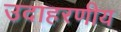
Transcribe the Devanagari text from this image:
उदाहरणीय